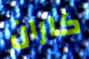
كاران